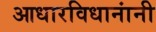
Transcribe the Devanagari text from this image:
आधारविधानांनी